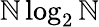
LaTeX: \mathbb{N}\log_{2}\mathbb{N}